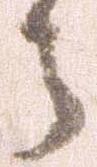
う